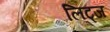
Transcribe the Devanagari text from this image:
लिट्ज